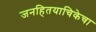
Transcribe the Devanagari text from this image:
जनहितयाचिकेचा